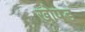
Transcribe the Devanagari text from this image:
खोपड